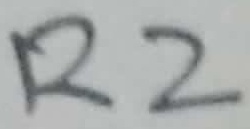
Text: R2